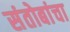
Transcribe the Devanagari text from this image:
संतोबांचा